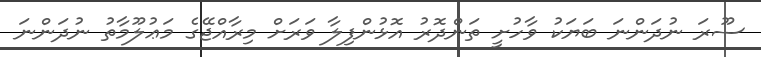
ސޫރަ ނުދަންނަ ބަޔަކު ވާހުށީ ތަންދޮރު އޮޅުންފިލާ ވަރަށް މިރާއްޖޭގެ މަޢުލޫމާތު ނުދަންނަ